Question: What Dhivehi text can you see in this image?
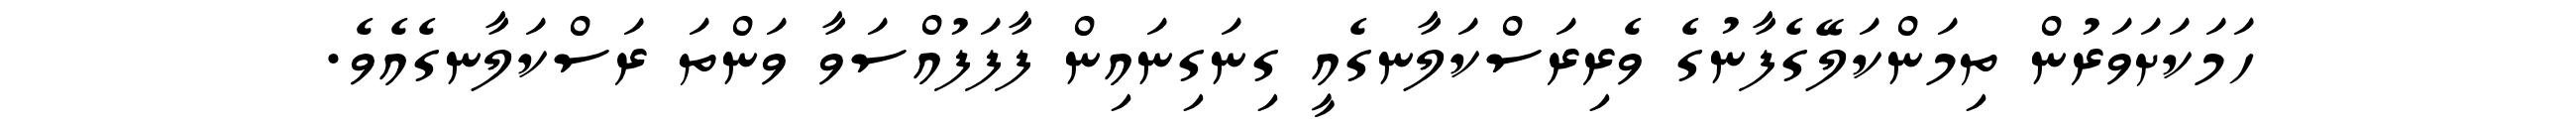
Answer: ހަމަކަށަވަރުން ތިމަންކަލޭގެފާނުގެ ވެރިރަސްކަލާނގެއީ ގިނަގިނައިން ފާފަފުއްސަވާ ވަންތަ ރަސްކަލާނގެއެވެ.